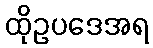
ထိုဥပဒေအရ